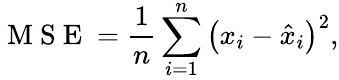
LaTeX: \mathrm{~M~S~E~}=\frac{1}{n}\sum_{i=1}^{n}\left(x_{i}-\hat{x}_{i}\right)^{2},